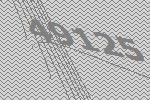
49125